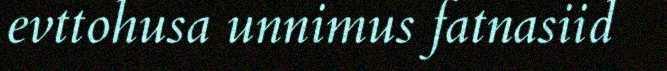
evttohusa unnimus fatnasiid